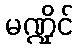
မဏ္ဍိုင်